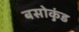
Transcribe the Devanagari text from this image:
बसोकुंड